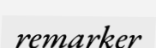
remarker